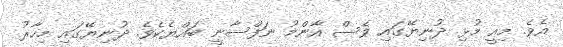
އެވެ. މިއީ މުޅި ދުނިޔޭގައި ވެސް އާންމު ނަފްސާނީ ބައްޔެކެވެ. ދުނިޔޭގައި މިހާރު